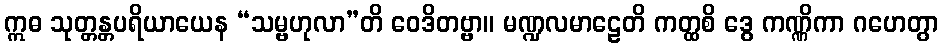
ဣဓ သုတ္တန္တပရိယာယေန “သမ္ဗဟုလာ”တိ ဝေဒိတဗ္ဗာ။ မဏ္ဍလမာဠေတိ ကတ္ထစိ ဒွေ ကဏ္ဏိကာ ဂဟေတွာ